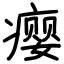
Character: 瘿